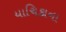
યાચિકાના